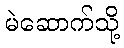
မဲဆောက်သို့